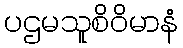
ပဌမသူစိဝိမာနံ